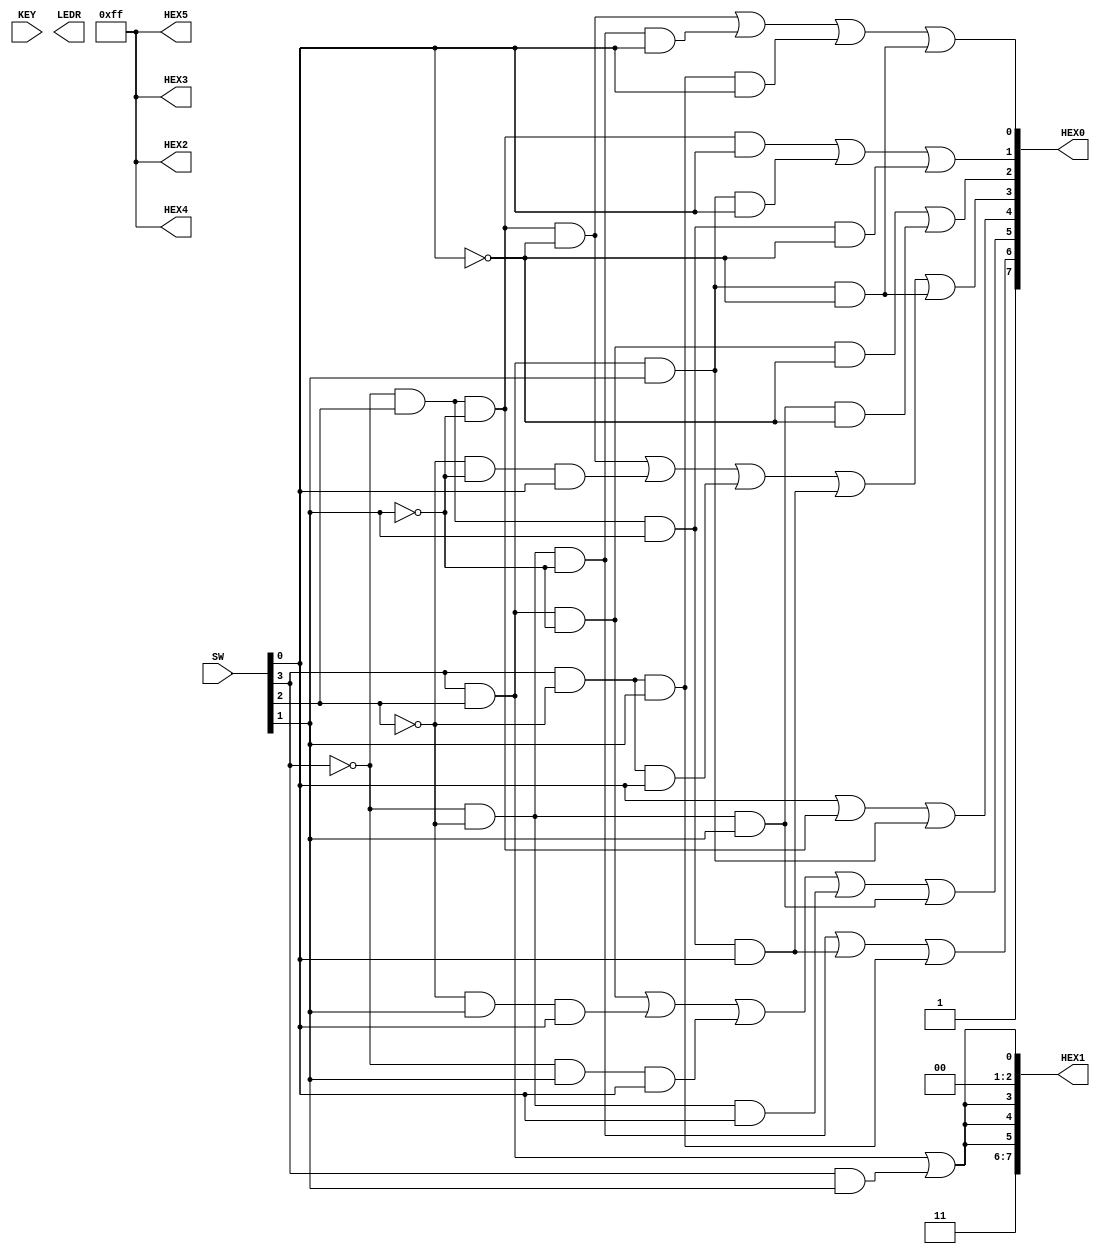

//=======================================================
//  This code is generated by Terasic System Builder
//=======================================================
//Extremely simple test with LEDs and logic
module part2(

	//////////// SEG7 //////////
	output		     [7:0]		HEX0,
	output		     [7:0]		HEX1,
	output		     [7:0]		HEX2,
	output		     [7:0]		HEX3,
	output		     [7:0]		HEX4,
	output		     [7:0]		HEX5,

	//////////// KEY //////////
	input 		     [1:0]		KEY,

	//////////// LED //////////
	output		     [9:0]		LEDR,

	//////////// SW //////////
	input 		     [9:0]		SW
);



//=======================================================
//  REG/WIRE declarations
//=======================================================




//=======================================================
//  Structural coding
//=======================================================

//Turns off all LED's in segment display
assign HEX2 = 8'b11111111;
assign HEX3 = 8'b11111111;
assign HEX4 = 8'b11111111;
assign HEX5 = 8'b11111111;
//assign LEDR[1] = (SW[0]&SW[1]) | (SW[0]&SW[2]) | (SW[1]&SW[2]);
// The negate and active low of 7 seg display cancel out
assign HEX0[0] = ( ( (~SW[3])&SW[2]&(~SW[1])&(~SW[0]) ) | ( (~SW[3])&(~SW[2])&(~SW[1])&(SW[0]) ) | ( (SW[3])&(~SW[2])&(SW[1])&(SW[0]) ) | ( (SW[3])&SW[2]&(SW[1])&(~SW[0]) ) );
assign HEX0[1] = ( ( (~SW[3])&(SW[2])&(~SW[1])&(SW[0]) ) | ( (SW[3])&(SW[2])&(SW[1])&(SW[0]) ) | ( (~SW[3])&(SW[2])&(SW[1])&(~SW[0]) ) );
assign HEX0[2] = ( ( (SW[3])&(SW[2])&(~SW[1])&(~SW[0]) ) | ( (~SW[3])&(~SW[2])&(SW[1])&(~SW[0]) ) );
assign HEX0[3] = ( ( (~SW[3])&(SW[2])&(~SW[1])&(~SW[0]) ) | ( (~SW[2])&(~SW[1])&(SW[0]) ) | ( (SW[3])&(~SW[2])&(SW[0]) ) | ( (~SW[3])&(SW[2])&(SW[1])&(SW[0]) ) | ( (SW[3])&(SW[2])&(SW[1])&(~SW[0]) ) ); 
assign HEX0[4] = ( (SW[0]) | ( (~SW[3])&(SW[2])&(~SW[1]) ) | ( (SW[3])&(SW[2])&(SW[1]) ) );
assign HEX0[5] = ( ( (SW[3])&(SW[2])&(~SW[1]) ) | ( (~SW[2])&(SW[1])&(SW[0]) ) | ( (~SW[3])&(SW[1])&(SW[0]) ) | ( (~SW[3])&(~SW[2])&(SW[0]) ) | ( (~SW[3])&(~SW[2])&(SW[1]) ) );
assign HEX0[6] = ( ( (~SW[3])&(~SW[2])&(~SW[1]) ) | ( (~SW[3])&(SW[2])&(SW[1])&(SW[0]) ) | ( (SW[3])&(~SW[2])&(SW[1]) ) );
assign HEX0[7] = 1;

assign HEX1[0] = ( ( (SW[3])&(SW[2]) ) | ( (SW[3])&(SW[1]) ) );
assign HEX1[1] = 0;
assign HEX1[2] = 0;
assign HEX1[3] = ( ( (SW[3])&(SW[2]) ) | ( (SW[3])&(SW[1]) ) );
assign HEX1[4] = ( ( (SW[3])&(SW[2]) ) | ( (SW[3])&(SW[1]) ) );
assign HEX1[5] = ( ( (SW[3])&(SW[2]) ) | ( (SW[3])&(SW[1]) ) );
assign HEX1[6] = 1;
assign HEX1[7] = 1;
endmodule